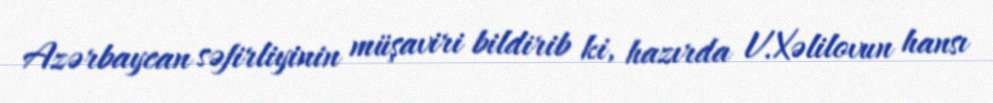
Azərbaycan səfirliyinin müşaviri bildirib ki, hazırda V.Xəlilovun hansı